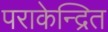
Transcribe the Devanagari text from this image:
पराकेन्द्रित